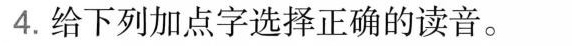
4.给下列加点字选择正确的读音。